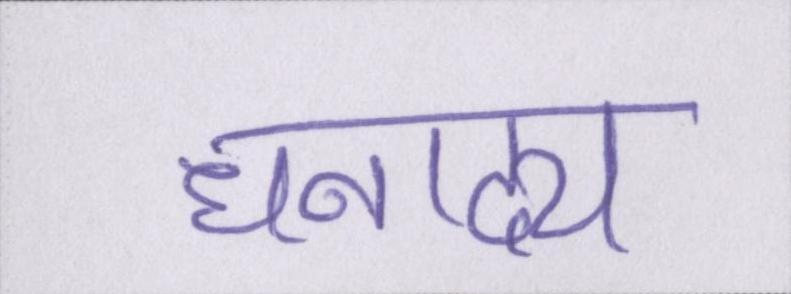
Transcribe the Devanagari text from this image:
धनाढ्य